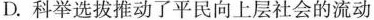
D.科举选拔推动了平民向上层社会的流动